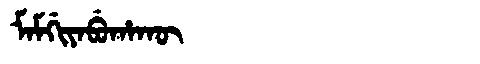
Manchu: ᠮᠠᠮᡤᡳᠶᠠᠪᡠᡥᠠᡴᡡ
Romanization: MAMGIYABUHAKŪ